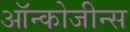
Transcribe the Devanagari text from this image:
ऑन्कोजीन्स